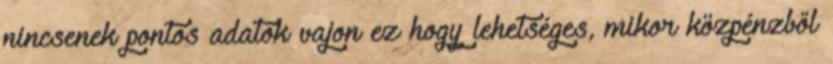
nincsenek pontos adatok vajon ez hogy lehetséges, mikor közpénzből